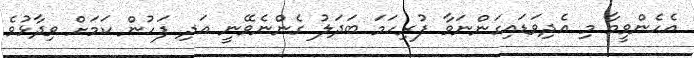
އެހެންވީމާ މި އެދިވަޑައިގަންނަވާ ފުރިހަމަ ބަދަލު ގެންނެވޭނީ އަދި ފަހުން ކަމަށް ވިދާޅުވެ